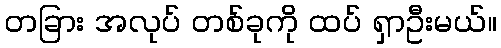
တခြား အလုပ် တစ်ခုကို ထပ် ရှာဦးမယ်။